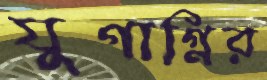
যুগাগ্নির